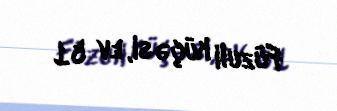
Füzuli küçəsi, ev 51